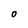
Character: 0